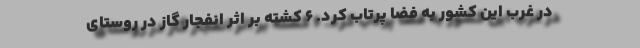
در غرب این کشور به فضا پرتاب کرد. ۶ کشته بر اثر انفجار گاز در روستای